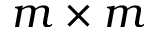
m \times m